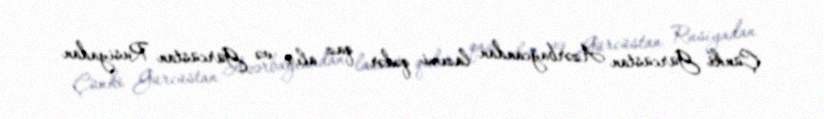
Çünki Gürcüstan Azərbaycandan lazımi qədər qaz alır və Gürcüstan Rusiyadan